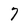
Character: 7